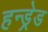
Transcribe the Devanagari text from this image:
हन्ड्रेड